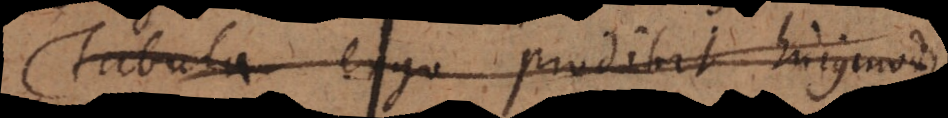
Tabula ergo prodibit hujusmodi: